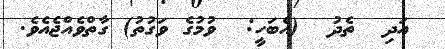
އަދި  ތެދު  (އެބަހީ:  ވުމުގެ ވަގުތު) ގާތްވެއްޖެއެވެ.